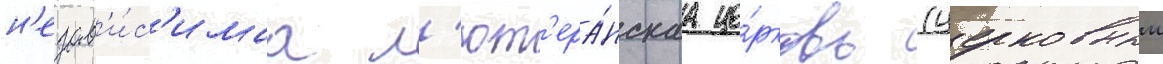
н'езав'и́с'имаа л'ют'ера́нскаа це́рковь (церковныи